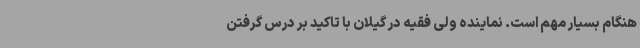
هنگام بسیار مهم است. نماینده ولی فقیه در گیلان با تاکید بر درس گرفتن